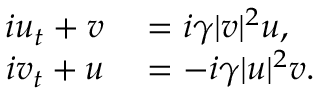
\begin{array} { r l } { i u _ { t } + v } & { { } = i \gamma | v | ^ { 2 } u , } \\ { i v _ { t } + u } & { { } = - i \gamma | u | ^ { 2 } v . } \end{array}